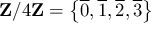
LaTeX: \mathbf { Z } / 4 \mathbf { Z } = \left\{ { \overline { { 0 } } } , { \overline { { 1 } } } , { \overline { { 2 } } } , { \overline { { 3 } } } \right\}